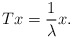
\begin{align*}Tx = \frac{1}{\lambda} x.\end{align*}